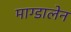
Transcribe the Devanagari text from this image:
माग्डालेन